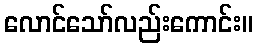
လောင်သော်လည်းကောင်း။